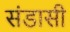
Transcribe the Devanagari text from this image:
संडासी